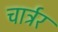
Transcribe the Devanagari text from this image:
चार्ट्रर